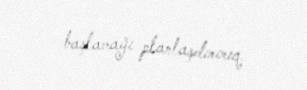
başlamağı planlaşdırırıq.